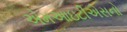
એમઆઇટીએસનો